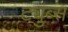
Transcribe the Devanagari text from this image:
ट्युब्स